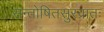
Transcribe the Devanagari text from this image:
सन्तोषितसुरव्रातः